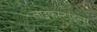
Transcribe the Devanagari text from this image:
लाइफस्टाइल्स